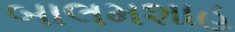
બાલમશાહ